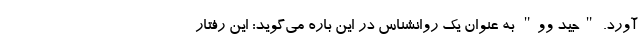
آورد. "جید وو" به عنوان یک روانشناس در این باره می‌گوید: این رفتار